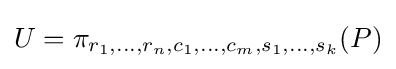
U=\pi _{r_{1},\ldots ,r_{n},c_{1},\ldots ,c_{m},s_{1},\ldots ,s_{k}}(P)